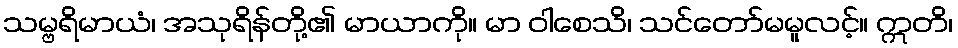
သမ္ဗရိမာယံ၊ အသုရိန်တို့၏ မာယာကို။ မာ ဝါစေသိ၊ သင်တော်မမူလင့်။ ဣတိ၊